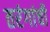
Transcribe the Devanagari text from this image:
तरंगांची